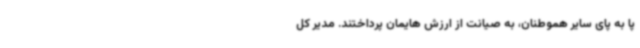
پا به پای سایر هموطنان، به صیانت از ارزش هایمان پرداختند. مدیر کل